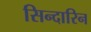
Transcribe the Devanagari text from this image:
सिन्दारिन